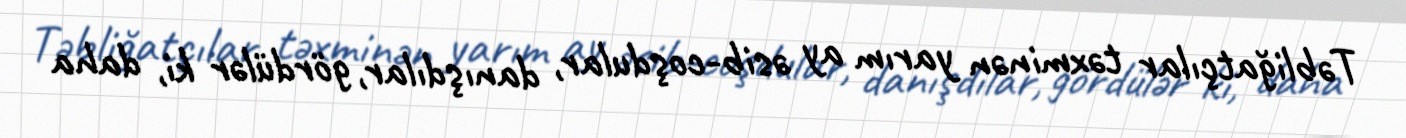
Təbliğatçılar təxminən yarım ay əsib-coşdular, danışdılar, gördülər ki, daha